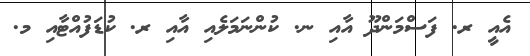
އެއީ ރ. ފަސްމަންދޫ އާއި ނ. ކުންނަމަލެއި އާއި ރ. ކުޑަފުއްޓާއި މ.